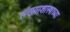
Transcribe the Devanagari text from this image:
संख्याशास्त्राच्या